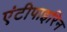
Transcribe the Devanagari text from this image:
एंटीपाइरिन